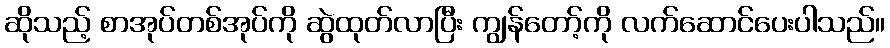
ဆိုသည့် စာအုပ်တစ်အုပ်ကို ဆွဲထုတ်လာပြီး ကျွန်တော့်ကို လက်ဆောင်ပေးပါသည်။